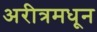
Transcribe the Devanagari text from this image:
अरीत्रमधून